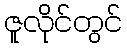
ဇူလိုင်တွင်